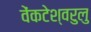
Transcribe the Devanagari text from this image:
वेंकटेश्वरुलु